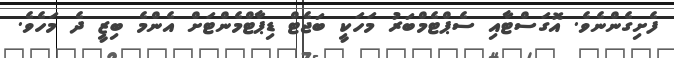
ފެށިގެންނެވެ. އޮގަސްޓާއި ސެޕްޓެމްބަރު މަހަކީ ބަޖެޓް ޑިޕާޓްމެންޓަށް އެންމެ ބިޒީ ދެ މަހެވެ.